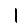
Digit: 1